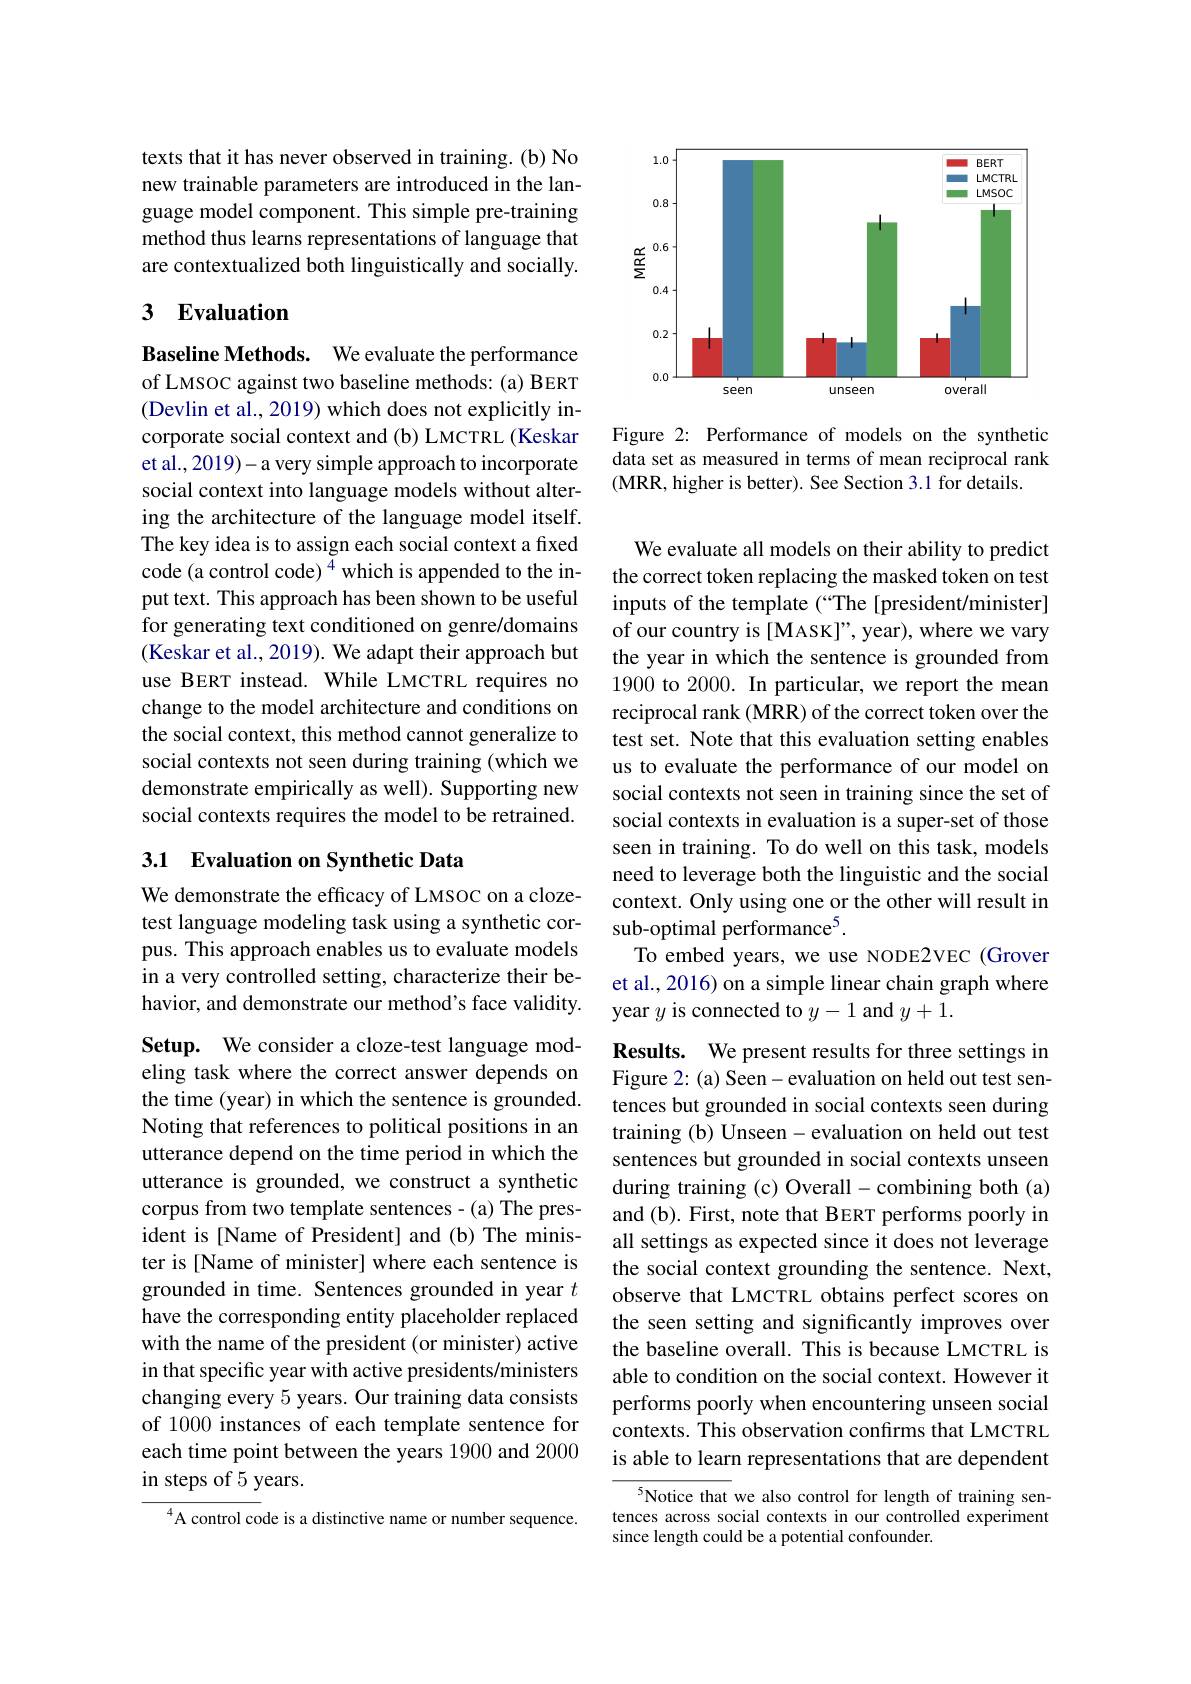
texts that it has never observed in training. (b) No new trainable parameters are introduced in the language model component. This simple pre-training method thus learns representations of language that are contextualized both linguistically and socially.

## 3 Evaluation

Baseline Methods. We evaluate the performance of LMSOC against two baseline methods: (a) BERT (Devlin et al., 2019) which does not explicitly incorporate social context and (b) LMCTRL (Keskar et al., 2019)- a very simple approach to incorporate social context into language models without altering the architecture of the language model itself. The key idea is to assign each social context a fixed code (a control code) $^{4}$ which is appended to the input text. This approach has been shown to be useful for generating text conditioned on genre/domains (Keskar et al., 2019). We adapt their approach but use BERT instead. While LMCTRL requires no change to the model architecture and conditions on the social context, this method cannot generalize to social contexts not seen during training (which we demonstrate empirically as well). Supporting new social contexts requires the model to be retrained.

## 3.1 Evaluation on Synthetic Data

We demonstrate the efficacy of LMSOC on a clozetest language modeling task using a synthetic corpus. This approach enables us to evaluate models in a very controlled setting, characterize their behavior, and demonstrate our method's face validity.

Setup. We consider a cloze-test language modeling task where the correct answer depends on the time (year) in which the sentence is grounded. Noting that references to political positions in an utterance depend on the time period in which the utterance is grounded, we construct a synthetic corpus from two template sentences-(a) The president is [Name of President] and (b) The minister is [Name of minister] where each sentence is grounded in time. Sentences grounded in year $t$ have the corresponding entity placeholder replaced with the name of the president (or minister) active in that specific year with active presidents/ministers changing every 5 years. Our training data consists of 1000 instances of each template sentence for each time point between the years 1900 and 2000 in steps of 5 years.

$^{4}$A control code is a distinctive name or number sequence.

<FigureHere>

Figure 2: Performance of models on the synthetic data set as measured in terms of mean reciprocal rank (MRR, higher is better). See Section 3.1 for details.

We evaluate all models on their ability to predict the correct token replacing the masked token on test inputs of the template (“The[president/minister] of our country is [MASK]", year), where we vary the year in which the sentence is grounded from 1900 to 2000. In particular, we report the mean reciprocal rank (MRR) of the correct token over the test set. Note that this evaluation setting enables us to evaluate the performance of our model on social contexts not seen in training since the set of social contexts in evaluation is a super-set of those seen in training. To do well on this task, models need to leverage both the linguistic and the social context. Only using one or the other will result in sub-optimal performance$^{5}.$
To embed years, we use NODE2VEC (Grover et al., 2016) on a simple linear chain graph where year $y$ is connected to $y-1$ and $y+1.$
Results. We present results for three settings im Figure 2: (a) Seen- evaluation on held out test sentences but grounded in social contexts seen during training (b) Unseen- evaluation on held out test sentences but grounded in social contexts unseen during training (c) Overall- combining both (a) and (b). First, note that BERT performs poorly in all settings as expected since it does not leverage the social context grounding the sentence. Next, observe that LMCTRL obtains perfect scores on the seen setting and significantly improves over the baseline overall. This is because LMCTRL is able to condition on the social context. However it performs poorly when encountering unseen social contexts. This observation confırms that LMCTRL is able to learn representations that are dependent
$^{5}$Notice that we also control for length of training sen-

tences across social contexts in our controlled experiment
since length could be a potential confounder.